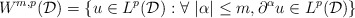
\begin{align*}W^{m,p}(\mathcal{D}) = \{u \in L^p(\mathcal{D}) : \forall \ |\alpha| \leq m, \partial^{\alpha} u \in L^p(\mathcal{D}) \}\end{align*}